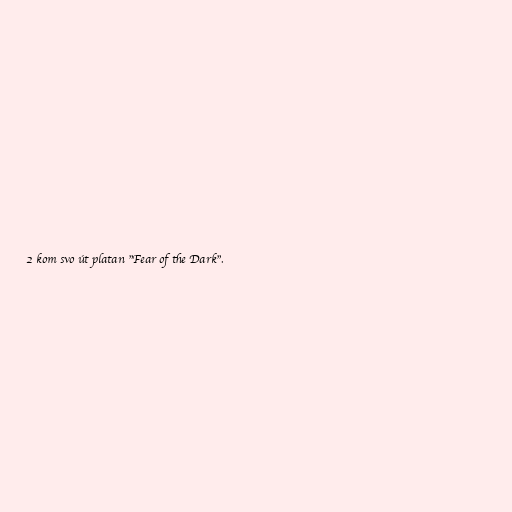
2 kom svo út platan "Fear of the Dark".